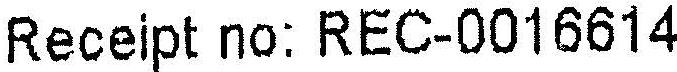
RECEIPT NO: REC-0016614